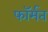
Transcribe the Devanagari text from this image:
फॉर्मत